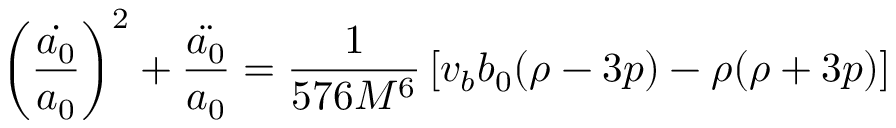
\left( \frac { \dot { a _ { 0 } } } { a _ { 0 } } \right) ^ { 2 } + \frac { \ddot { a _ { 0 } } } { a _ { 0 } } = \frac { 1 } { 5 7 6 M ^ { 6 } } \left[ v _ { b } b _ { 0 } ( \rho - 3 p ) - \rho ( \rho + 3 p ) \right]